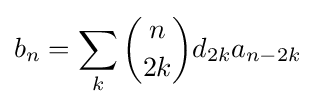
b_{n}=\sum _{k}{\binom {n}{2k}}d_{2k}a_{n-2k}